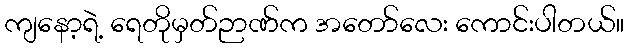
ကျနော့ရဲ့ ရေတိုမှတ်ဉာဏ်က အတော်လေး ကောင်းပါတယ်။